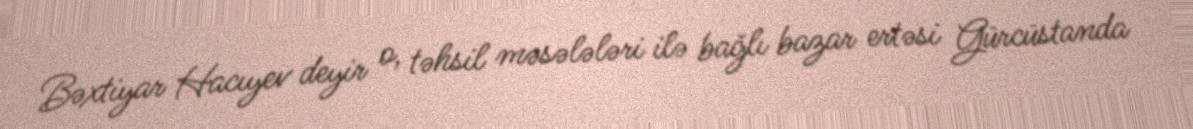
Bəxtiyar Hacıyev deyir o, təhsil məsələləri ilə bağlı bazar ertəsi Gürcüstanda